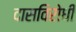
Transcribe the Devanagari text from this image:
दासविरोधी